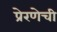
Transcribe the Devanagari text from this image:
प्रेरणेची